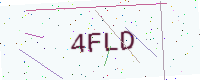
Text: 4FLD